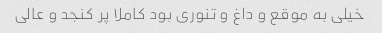
خیلی به موقع و داغ و تنوری بود کاملا پر کنجد و عالی